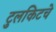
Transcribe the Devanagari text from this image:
टुलकिटचे